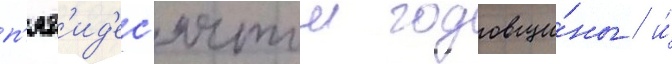
п'ят'ид'ес'ятои годовщи́ны / и́